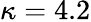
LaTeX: \kappa=4.2